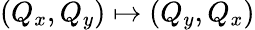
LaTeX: (Q_{x},Q_{y})\mapsto(Q_{y},Q_{x})